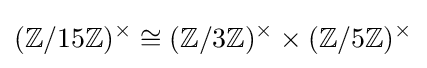
(\mathbb {Z} /15\mathbb {Z} )^{\times }\cong (\mathbb {Z} /3\mathbb {Z} )^{\times }\times (\mathbb {Z} /5\mathbb {Z} )^{\times }